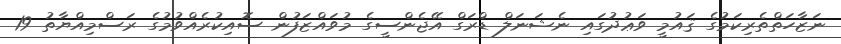
ނަޒާހަތްތެރިކަމުގެ ޤައުމީ ވަޢުދުގައި ނެޝަނަލް ޑްރަގް އޭޖެންސީގެ މުވައްޒަފުން ސޮއިކުރެއްވުމުގެ ރަސްމިއްޔާތު 19